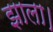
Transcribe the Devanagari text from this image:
झाला।